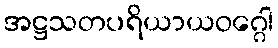
အဋ္ဌသတပရိယာယဝဂ္ဂေါ